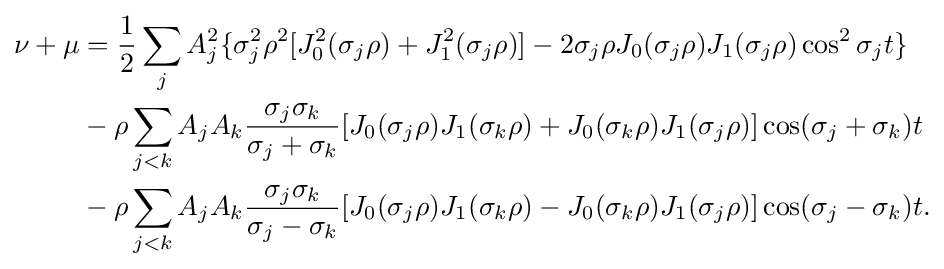
{\begin{aligned}\nu +\mu &={\frac {1}{2}}\sum _{j}A_{j}^{2}\{\sigma _{j}^{2}\rho ^{2}[J_{0}^{2}(\sigma _{j}\rho )+J_{1}^{2}(\sigma _{j}\rho )]-2\sigma _{j}\rho J_{0}(\sigma _{j}\rho )J_{1}(\sigma _{j}\rho )\cos ^{2}\sigma _{j}t\}\\&-\rho \sum _{j<k}A_{j}A_{k}{\frac {\sigma _{j}\sigma _{k}}{\sigma _{j}+\sigma _{k}}}[J_{0}(\sigma _{j}\rho )J_{1}(\sigma _{k}\rho )+J_{0}(\sigma _{k}\rho )J_{1}(\sigma _{j}\rho )]\cos(\sigma _{j}+\sigma _{k})t\\&-\rho \sum _{j<k}A_{j}A_{k}{\frac {\sigma _{j}\sigma _{k}}{\sigma _{j}-\sigma _{k}}}[J_{0}(\sigma _{j}\rho )J_{1}(\sigma _{k}\rho )-J_{0}(\sigma _{k}\rho )J_{1}(\sigma _{j}\rho )]\cos(\sigma _{j}-\sigma _{k})t.\end{aligned}}